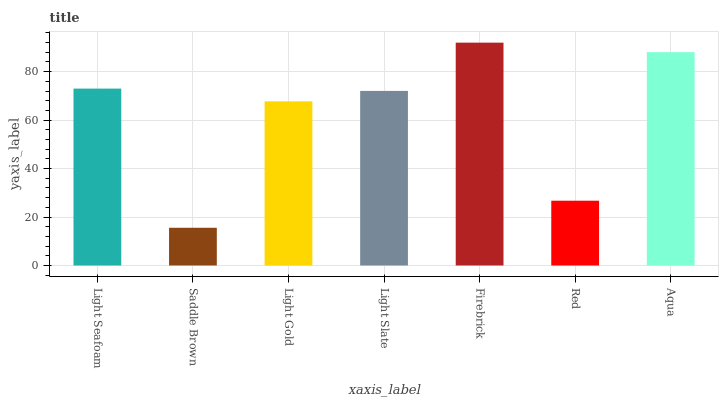
| xaxis_label | bars |
 | --- | --- |
 | Light Seafoam | 73 |
 | Saddle Brown | 15.6 |
 | Light Gold | 67.8 |
 | Light Slate | 72.1 |
 | Firebrick | 92 |
 | Red | 26.7 |
 | Aqua | 88.1 |